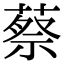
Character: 蔡